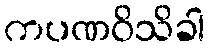
ကပဏဝိသိခါ